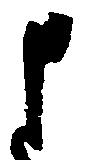
申